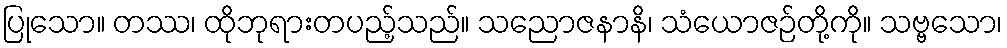
ပြုသော။ တဿ၊ ထိုဘုရားတပည့်သည်။ သညောဇနာနိ၊ သံယောဇဉ်တို့ကို။ သဗ္ဗသော၊